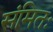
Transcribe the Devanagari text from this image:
संमितः